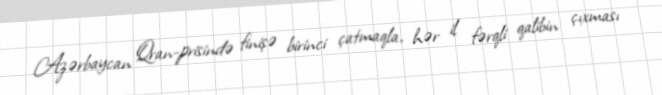
Azərbaycan Qran-prisində finişə birinci çatmaqla, hər il fərqli qalibin çıxması